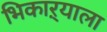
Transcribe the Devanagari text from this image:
भिकाऱ्याला